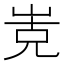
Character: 𭖡